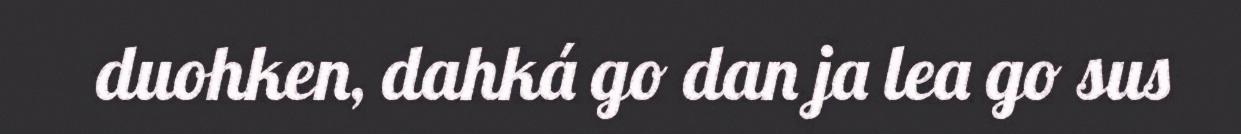
duohken, dahká go dan ja lea go sus